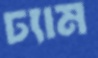
ঢ্যাম